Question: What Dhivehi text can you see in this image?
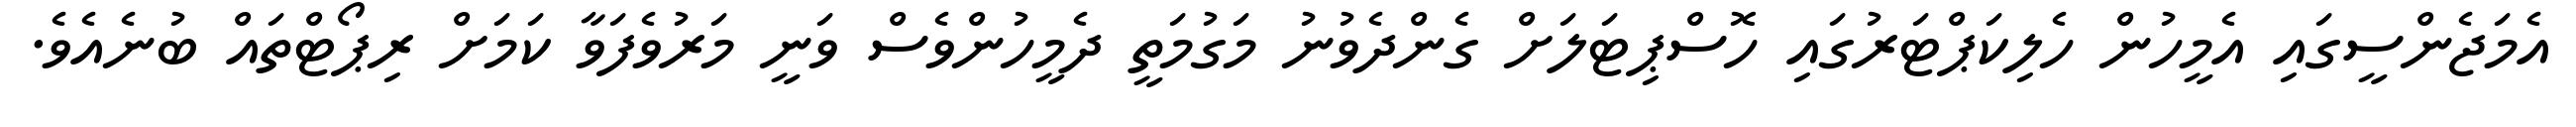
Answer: އެމަޖެންސީގައި އެމީހުން ހެލިކަޕްޓަރުގައި ހޮސްޕިޓަލަށް ގެންދެވުނު މަގުމަތީ ދެމީހުންވެސް ވަނީ މަރުވެފަވާ ކަމަށް ރިޕޯޓްތައް ބުނެއެވެ.